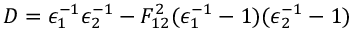
D = \epsilon _ { 1 } ^ { - 1 } \epsilon _ { 2 } ^ { - 1 } - F _ { 1 2 } ^ { 2 } ( \epsilon _ { 1 } ^ { - 1 } - 1 ) ( \epsilon _ { 2 } ^ { - 1 } - 1 )